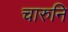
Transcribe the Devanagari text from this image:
चारुनि